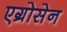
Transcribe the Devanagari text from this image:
एग्रोसेन